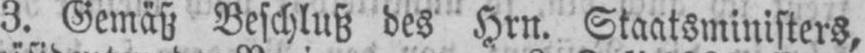
3. Gemäß Beschluß des Hrn. Staatsministers,